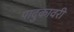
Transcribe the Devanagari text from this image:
पादुकावरी